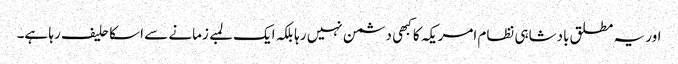
اور یہ مطلق بادشاہی نظام امریکہ کا کبهی دشمن نہیں رہا بلکہ ایک لمبے زمانے سے اسکا حلیف رہا ہے۔